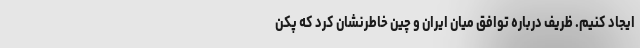
ایجاد کنیم. ظریف درباره توافق میان ایران و چین خاطرنشان کرد که پکن